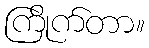
ကြိုက်တာ။